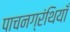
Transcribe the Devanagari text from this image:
पाचनग्रंथियाँ